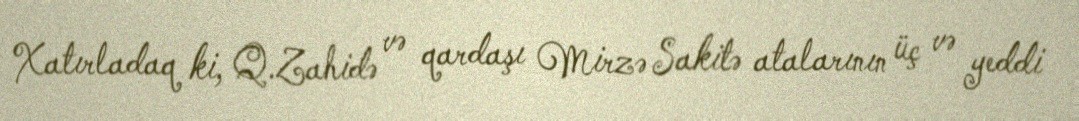
Xatırladaq ki, Q.Zahidə və qardaşı Mirzə Sakitə atalarının üç və yeddi